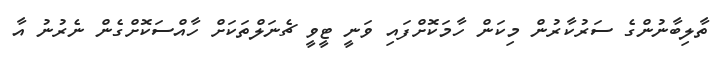
ތާލިބާނުންގެ ސަރުކާރުން މިކަން ހާމަކޮށްފައި ވަނީ ޓީވީ ޗެނަލްތަކަށް ހާއްސަކޮށްގެން ނެރުނު އާ